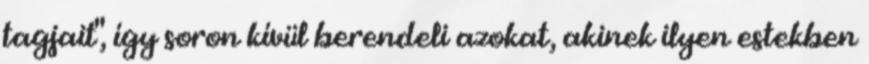
tagjait", így soron kívül berendeli azokat, akinek ilyen estekben